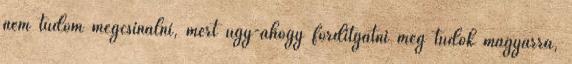
nem tudom megcsinálni, mert úgy-ahogy fordítgatni még tudok magyarra,